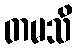
တမသိ